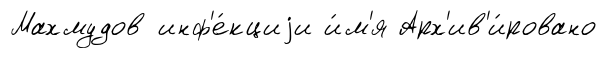
Махмудов инф'е́кциjи и́м'я Арх'ив'и́ровано